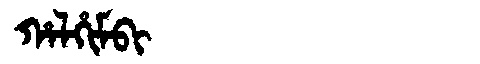
Manchu: ᡥᠠᠯᡥᡳᠮᠪᡳ
Romanization: HALHIMBI